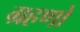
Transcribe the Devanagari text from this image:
ग्रहणो